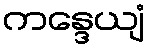
ကန္ဒေယျံ